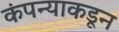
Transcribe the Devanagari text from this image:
कंपन्याकडून